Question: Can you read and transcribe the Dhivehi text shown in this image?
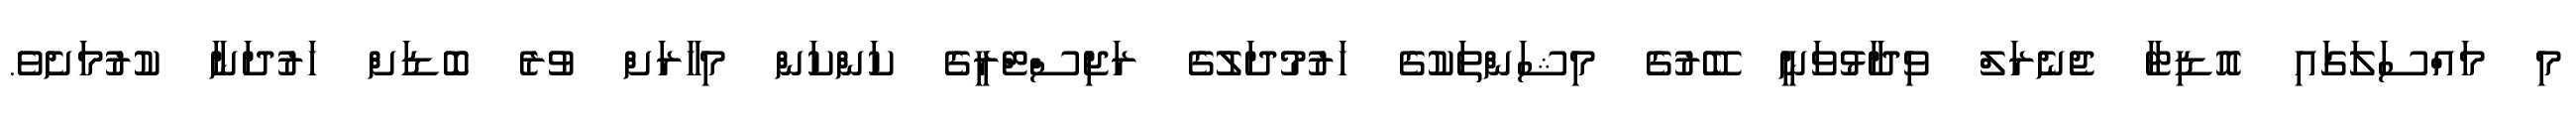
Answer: މި މައްސަލަގައި އޮޑިޓާ ޖެނެރަލް ވިދާޅުވަނީ ބޭރުގެ މިޝަންތަކުގެ ހަރުމުދަލުގެ ރަޖިސްޓްރީގެ ކަންކަން މިހާރަށް ވުރެ ބޮޑަށް ހަރުދަނާ ކުރުމަށެވެ.